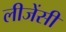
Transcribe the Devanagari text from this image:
लीजेंसी